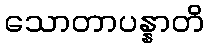
သောတာပန္နာတိ